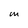
Character: m